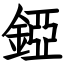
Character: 錏